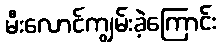
မီးလောင်ကျွမ်းခဲ့ကြောင်း